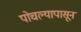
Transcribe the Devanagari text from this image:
पोचल्यापासून